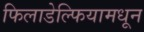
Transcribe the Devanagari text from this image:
फिलाडेल्फियामधून